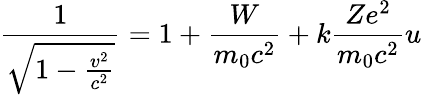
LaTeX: {\frac{1}{\sqrt{1-{\frac{v^{2}}{c^{2}}}}}}=1+{\frac{W}{m_{\mathrm{0}}c^{2}}}+k{\frac{Ze^{2}}{m_{\mathrm{0}}c^{2}}}u